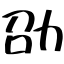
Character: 劭